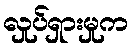
လှုပ်ရှားမှုက